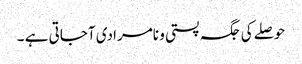
حوصلے کی جگہ پستی و نامرادی آجاتی ہے ۔